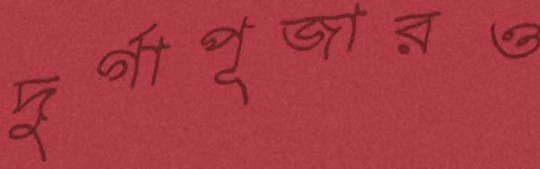
দুর্গাপূজারও